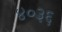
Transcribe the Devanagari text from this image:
४०३६